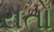
રાતો